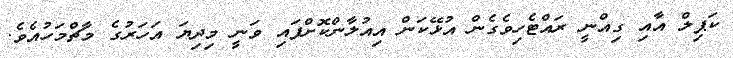
ކަޕިލް އާއި ގިއްނީ ރައްޓެހިވެގެން އުޅޭކަން އިއުލާންކޮށްފައި ވަނީ މިދިޔަ އަހަރުގެ މާޗްމަހުއެވެ.